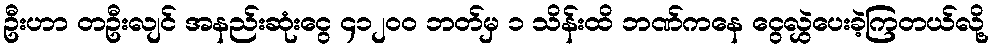
ဦးဟာ တဦးလျင် အနည်းဆုံးငွေ ၄၁၂၀၀ ဘတ်မှ ၁ သိန်းထိ ဘဏ်ကနေ ငွေလွှဲပေးခဲ့ကြတယ်လို့